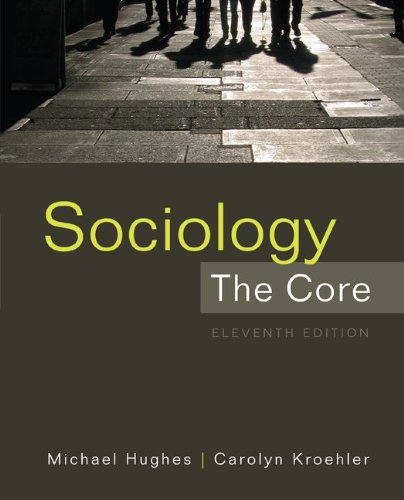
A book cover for Sociology: The Core, 11th Edition; Michael Hughes; Science & Math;